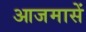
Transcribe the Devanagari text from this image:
आजमासें